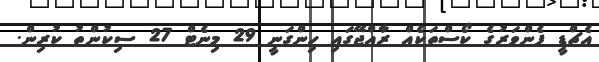
އެޗްޑީ ފެންވަރުގެ ކޯސްތަކެއް ރާއްޖޭގައި ހިންގަނީ 29 މިނެޓް 27 ސިކުންތު ކުރިން.